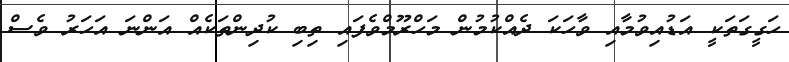
ހަގީގަތަކީ އަޑުއިވުމާއި ވާހަކަ ދެއްކުމުން މަހްރޫމްވެފައި ތިބި ކުދިންތަކެއް އަންނަ އަހަރު ވެސް